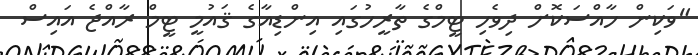
"ވަކިން ހާއްސަކޮށް ދިވެހި ޓީމްގެ ތާރީހުގައި އިންޑިއާގެ ޤައުމީ ޓީމް ރާއްޖެ އައިސް